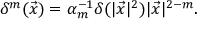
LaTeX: \delta ^ { m } ( \vec { x } ) = \alpha _ { m } ^ { - 1 } \delta ( | \vec { x } | ^ { 2 } ) | \vec { x } | ^ { 2 - m } .